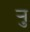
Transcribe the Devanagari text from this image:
र्‍ाु